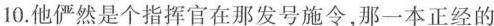
10.他俨然是个指挥官在那发号施令，那一本正经的